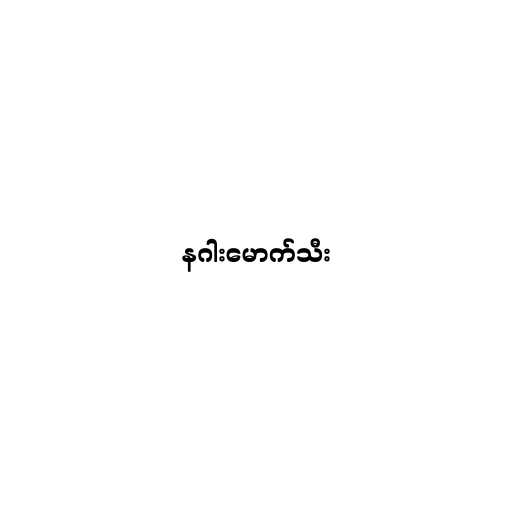
နဂါးမောက်သီး